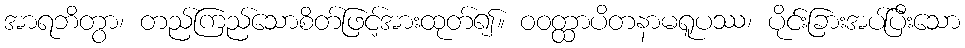
အာရဘိတွာ၊ တည်ကြည်သောစိတ်ဖြင့်အားထုတ်၍။ ဝဝတ္ထာပိတနာမရူပဿ၊ ပိုင်းခြားအပ်ပြီးသော